Vaccination United Provinces of Agra and Oudh 1923-1928 - 1923-1928
Year: 1923
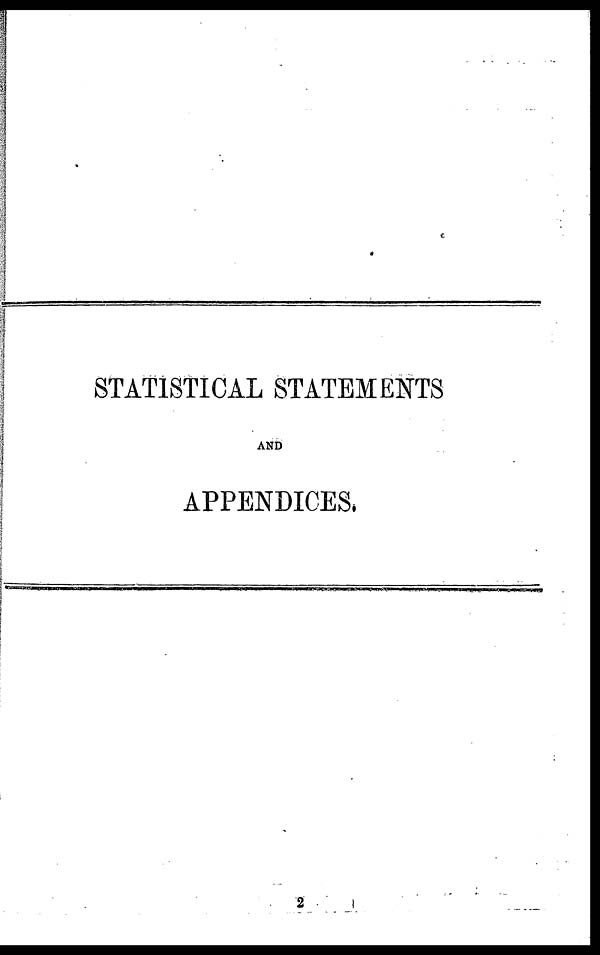
STATISTICAL STATEMENTS
AND
APPENDICES.